Madras plague regulations and rules for district municipalities and other towns and villages
Disease focus: Plague
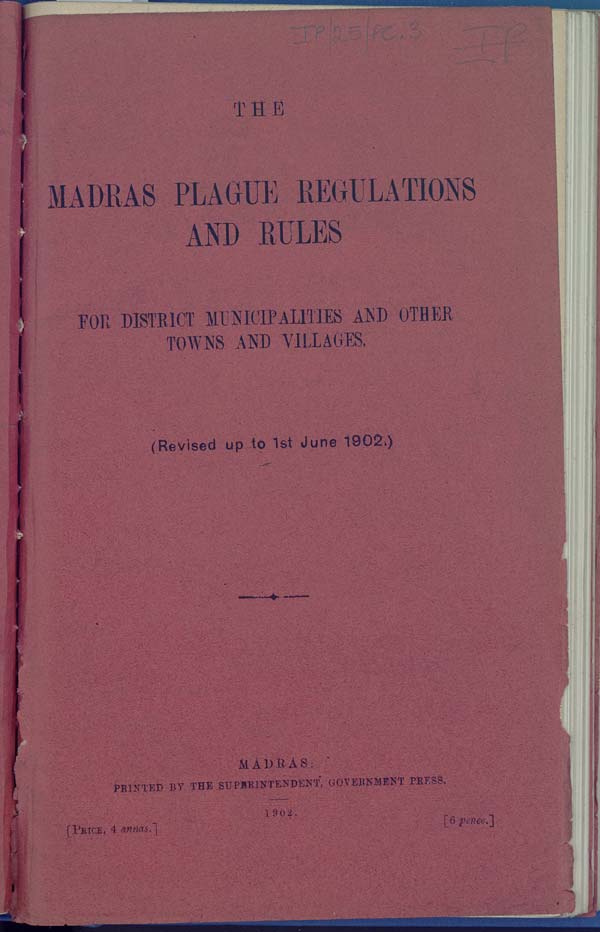
THE
MADRAS PLAGUE REGULATIONS
AND RULES
FOR DISTRICT MUNICIPALITIES AND OTHER
TOWNS AND VILLAGES.
(Revised up to 1st June 1902.)
MADRAS:
PRINTED BY THE SUPERINTENDENT, GOVERNMENT PRESS.
1902.
[PRICE, 4
annas.]
[6
pence.]